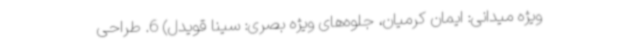
ویژه میدانی: ایمان کرمیان، جلوه‌های ویژه بصری: سینا قویدل) 6. طراحی